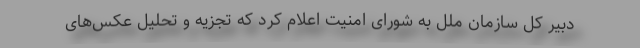
دبیر کل سازمان ملل به شورای امنیت اعلام کرد که تجزیه و تحلیل عکس‌های